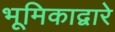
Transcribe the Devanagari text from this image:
भूमिकाद्वारे